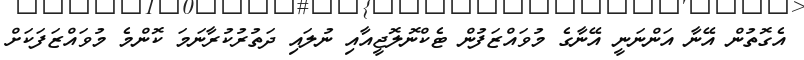
އެގޮތުން އޭނާ އަންނަނީ އޭނާގެ މުވައްޒަފުން ޓެކްނޮލޮޖީއާއި ނުލައި ދަތުރުކުރާނަމަ ކޮންމެ މުވައްޒަފަކަށް